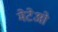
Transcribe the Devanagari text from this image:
मेटेओ